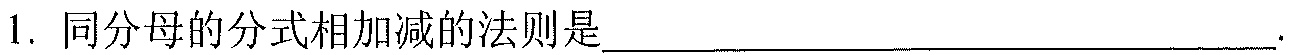
1. 同分母的分式相加减的法则是______________________________.